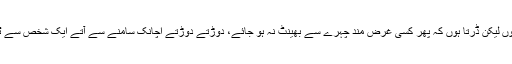
میں رک کر ذرا دم لینا چاہتاہوں لیکن ڈرتا ہوں کہ پھر کسی غرض مند چہرے سے بھینٹ نہ ہو جائے، دوڑتے دوڑتے اچانک سامنے سے آتے ایک شخص سے ٹکرا کر میں لڑکھڑا جاتا ہوں۔